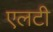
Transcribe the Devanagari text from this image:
एलटी